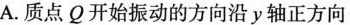
A.质点Q开始振动的方向沿y轴正方向